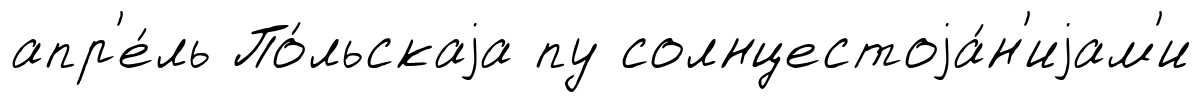
апр'е́ль По́льскаjа пу солнцестоjа́н'иjам'и